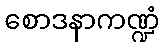
စောဒနာကဏ္ဍံ